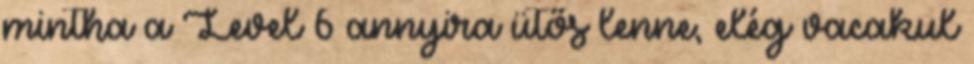
mintha a Level 6 annyira ütős lenne, elég vacakul